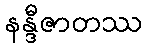
နန္ဒီဇာတဿ